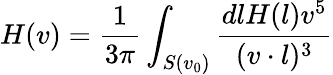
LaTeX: H(v)={\frac{1}{3\pi}}\int_{S(v_{0})}{\frac{dlH(l)v^{5}}{(v\cdot l)^{3}}}